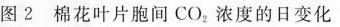
图2 棉花叶片胞间CO_{2} 浓度的日变化